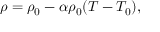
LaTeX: \rho = \rho _ { 0 } - \alpha \rho _ { 0 } ( T - T _ { 0 } ) ,